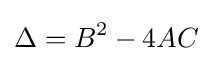
\Delta =B^{2}-4AC